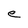
Character: e